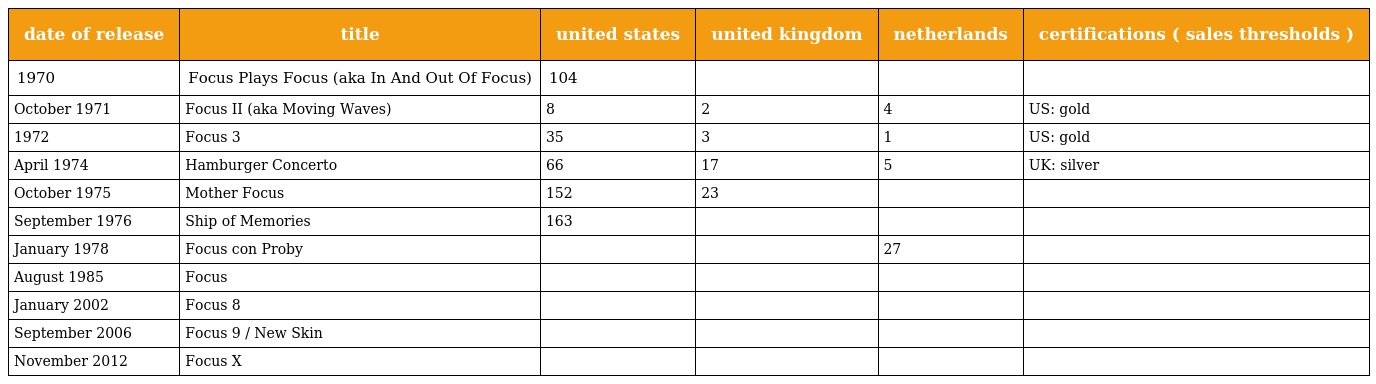
| date of release | title | united states | united kingdom | netherlands | certifications ( sales thresholds ) |
 | --- | --- | --- | --- | --- | --- |
 | 1970 | Focus Plays Focus (aka In And Out Of Focus) | 104 |  |  |  |
 | October 1971 | Focus II (aka Moving Waves) | 8 | 2 | 4 | US: gold |
 | 1972 | Focus 3 | 35 | 3 | 1 | US: gold |
 | April 1974 | Hamburger Concerto | 66 | 17 | 5 | UK: silver |
 | October 1975 | Mother Focus | 152 | 23 |  |  |
 | September 1976 | Ship of Memories | 163 |  |  |  |
 | January 1978 | Focus con Proby |  |  | 27 |  |
 | August 1985 | Focus |  |  |  |  |
 | January 2002 | Focus 8 |  |  |  |  |
 | September 2006 | Focus 9 / New Skin |  |  |  |  |
 | November 2012 | Focus X |  |  |  |  |